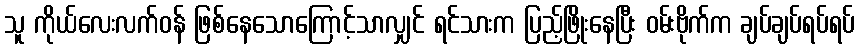
သူ ကိုယ်လေးလက်ဝန် ဖြစ်နေသောကြောင့်သာလျှင် ရင်သားက ပြည့်ဖြိုးနေပြီး ဝမ်းဗိုက်က ချပ်ချပ်ရပ်ရပ်